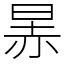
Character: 㫱